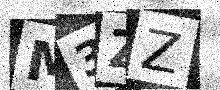
Text: M3ZZ